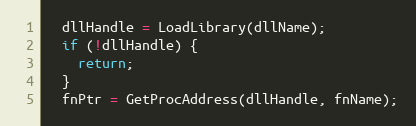
Language: C++
  dllHandle = LoadLibrary(dllName);
  if (!dllHandle) {
    return;
  }
  fnPtr = GetProcAddress(dllHandle, fnName);